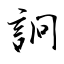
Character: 詗